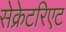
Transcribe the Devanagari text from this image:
सेक्रेटरिएट